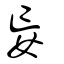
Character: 妄